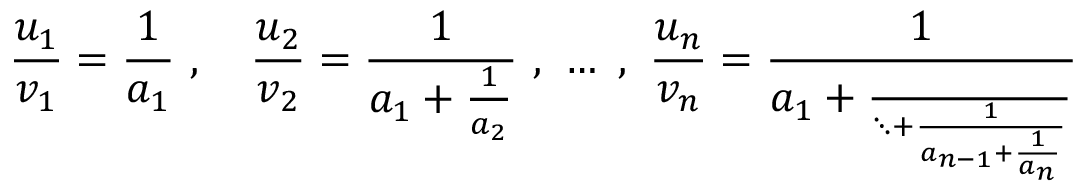
\frac { u _ { 1 } } { v _ { 1 } } = \frac { 1 } { a _ { 1 } } \ , \quad \frac { u _ { 2 } } { v _ { 2 } } = \frac { 1 } { a _ { 1 } + \frac { 1 } { a _ { 2 } } } \ , \ \ldots \ , \ \frac { u _ { n } } { v _ { n } } = \frac { 1 } { a _ { 1 } + \frac { \phantom { 1 } } { \ddots + \frac { 1 } { a _ { n - 1 } + \frac { 1 } { a _ { n } } } } }